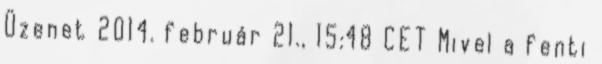
Üzenet 2014. február 21., 15:48 CET Mivel a fenti